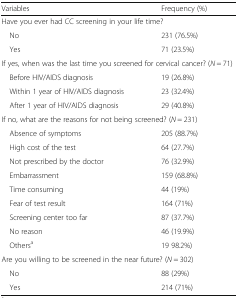
<table><thead><tr><td><b>Variables</b></td><td><b>Frequency (%)</b></td></tr></thead><tbody><tr><td colspan="2">Have you ever had CC screening in your life time?</td></tr><tr><td> No</td><td>231 (76.5%)</td></tr><tr><td> Yes</td><td>71 (23.5%)</td></tr><tr><td colspan="2">If yes, when was the last time you screened for cervical cancer? (<i>N</i> = 71)</td></tr><tr><td> Before HIV/AIDS diagnosis</td><td>19 (26.8%)</td></tr><tr><td> Within 1 year of HIV/AIDS diagnosis</td><td>23 (32.4%)</td></tr><tr><td> After 1 year of HIV/AIDS diagnosis</td><td>29 (40.8%)</td></tr><tr><td colspan="2">If no, what are the reasons for not being screened? (<i>N</i> = 231)</td></tr><tr><td> Absence of symptoms</td><td>205 (88.7%)</td></tr><tr><td> High cost of the test</td><td>64 (27.7%)</td></tr><tr><td> Not prescribed by the doctor</td><td>76 (32.9%)</td></tr><tr><td> Embarrassment</td><td>159 (68.8%)</td></tr><tr><td> Time consuming</td><td>44 (19%)</td></tr><tr><td> Fear of test result</td><td>164 (71%)</td></tr><tr><td> Screening center too far</td><td>87 (37.7%)</td></tr><tr><td> No reason</td><td>46 (19.9%)</td></tr><tr><td> Others<sup>a</sup></td><td>19 98.2%)</td></tr><tr><td colspan="2">Are you willing to be screened in the near future? (<i>N</i> = 302)</td></tr><tr><td> No</td><td>88 (29%)</td></tr><tr><td> Yes</td><td>214 (71%)</td></tr></tbody></table>